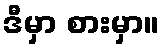
ဒီမှာ စားမှာ။